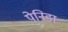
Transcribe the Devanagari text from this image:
पेनिडा